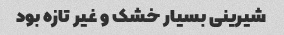
شیرینی بسیار خشک ‌و غیر تازه بود